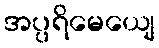
အပ္ပရိမေယျေ